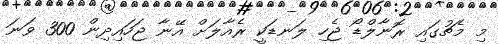
މި މެޗުގައި ރޮނާލްޑޯ ޖެހި ލަނޑަކީ ރެއާލަށް އޭނާ ޖަހައިދިން 300 ވަނަ